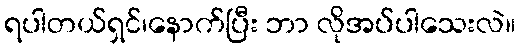
ရပါတယ်ရှင်၊နောက်ပြီး ဘာ လိုအပ်ပါသေးလဲ။